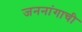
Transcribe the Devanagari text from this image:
जननांगाची